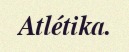
Atlétika.